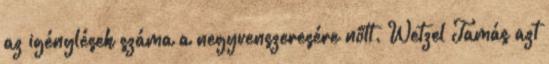
az igénylések száma a negyvenszeresére nőtt. Wetzel Tamás azt